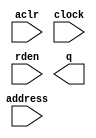
// megafunction wizard: %ROM: 1-PORT%VBB%
// GENERATION: STANDARD
// VERSION: WM1.0
// MODULE: altsyncram 

// ============================================================
// Megafunction Name(s):
// 			altsyncram
//
// Simulation Library Files(s):
// 			altera_mf
// ============================================================
// ************************************************************
// THIS IS A WIZARD-GENERATED FILE. DO NOT EDIT THIS FILE!
//
// 18.1.0 Build 625 09/12/2018 SJ Lite Edition
// ************************************************************

//Copyright (C) 2018  Intel Corporation. All rights reserved.
//Your use of Intel Corporation's design tools, logic functions 
//and other software and tools, and its AMPP partner logic 
//functions, and any output files from any of the foregoing 
//(including device programming or simulation files), and any 
//associated documentation or information are expressly subject 
//to the terms and conditions of the Intel Program License 
//Subscription Agreement, the Intel Quartus Prime License Agreement,
//the Intel FPGA IP License Agreement, or other applicable license
//agreement, including, without limitation, that your use is for
//the sole purpose of programming logic devices manufactured by
//Intel and sold by Intel or its authorized distributors.  Please
//refer to the applicable agreement for further details.

module red16 (
	aclr,
	address,
	clock,
	rden,
	q);

	input	  aclr;
	input	[8:0]  address;
	input	  clock;
	input	  rden;
	output	[7:0]  q;
`ifndef ALTERA_RESERVED_QIS
// synopsys translate_off
`endif
	tri0	  aclr;
	tri1	  clock;
	tri1	  rden;
`ifndef ALTERA_RESERVED_QIS
// synopsys translate_on
`endif

endmodule

// ============================================================
// CNX file retrieval info
// ============================================================
// Retrieval info: PRIVATE: ADDRESSSTALL_A NUMERIC "0"
// Retrieval info: PRIVATE: AclrAddr NUMERIC "1"
// Retrieval info: PRIVATE: AclrByte NUMERIC "0"
// Retrieval info: PRIVATE: AclrOutput NUMERIC "1"
// Retrieval info: PRIVATE: BYTE_ENABLE NUMERIC "0"
// Retrieval info: PRIVATE: BYTE_SIZE NUMERIC "8"
// Retrieval info: PRIVATE: BlankMemory NUMERIC "0"
// Retrieval info: PRIVATE: CLOCK_ENABLE_INPUT_A NUMERIC "0"
// Retrieval info: PRIVATE: CLOCK_ENABLE_OUTPUT_A NUMERIC "0"
// Retrieval info: PRIVATE: Clken NUMERIC "0"
// Retrieval info: PRIVATE: IMPLEMENT_IN_LES NUMERIC "0"
// Retrieval info: PRIVATE: INIT_FILE_LAYOUT STRING "PORT_A"
// Retrieval info: PRIVATE: INIT_TO_SIM_X NUMERIC "0"
// Retrieval info: PRIVATE: INTENDED_DEVICE_FAMILY STRING "Cyclone V"
// Retrieval info: PRIVATE: JTAG_ENABLED NUMERIC "0"
// Retrieval info: PRIVATE: JTAG_ID STRING "NONE"
// Retrieval info: PRIVATE: MAXIMUM_DEPTH NUMERIC "0"
// Retrieval info: PRIVATE: MIFfilename STRING "red14Intel.hex"
// Retrieval info: PRIVATE: NUMWORDS_A NUMERIC "512"
// Retrieval info: PRIVATE: RAM_BLOCK_TYPE NUMERIC "0"
// Retrieval info: PRIVATE: RegAddr NUMERIC "1"
// Retrieval info: PRIVATE: RegOutput NUMERIC "1"
// Retrieval info: PRIVATE: SYNTH_WRAPPER_GEN_POSTFIX STRING "0"
// Retrieval info: PRIVATE: SingleClock NUMERIC "1"
// Retrieval info: PRIVATE: UseDQRAM NUMERIC "0"
// Retrieval info: PRIVATE: WidthAddr NUMERIC "9"
// Retrieval info: PRIVATE: WidthData NUMERIC "8"
// Retrieval info: PRIVATE: rden NUMERIC "1"
// Retrieval info: LIBRARY: altera_mf altera_mf.altera_mf_components.all
// Retrieval info: CONSTANT: ADDRESS_ACLR_A STRING "CLEAR0"
// Retrieval info: CONSTANT: CLOCK_ENABLE_INPUT_A STRING "BYPASS"
// Retrieval info: CONSTANT: CLOCK_ENABLE_OUTPUT_A STRING "BYPASS"
// Retrieval info: CONSTANT: INIT_FILE STRING "red14Intel.hex"
// Retrieval info: CONSTANT: INTENDED_DEVICE_FAMILY STRING "Cyclone V"
// Retrieval info: CONSTANT: LPM_TYPE STRING "altsyncram"
// Retrieval info: CONSTANT: NUMWORDS_A NUMERIC "512"
// Retrieval info: CONSTANT: OPERATION_MODE STRING "ROM"
// Retrieval info: CONSTANT: OUTDATA_ACLR_A STRING "CLEAR0"
// Retrieval info: CONSTANT: OUTDATA_REG_A STRING "CLOCK0"
// Retrieval info: CONSTANT: WIDTHAD_A NUMERIC "9"
// Retrieval info: CONSTANT: WIDTH_A NUMERIC "8"
// Retrieval info: CONSTANT: WIDTH_BYTEENA_A NUMERIC "1"
// Retrieval info: USED_PORT: aclr 0 0 0 0 INPUT GND "aclr"
// Retrieval info: USED_PORT: address 0 0 9 0 INPUT NODEFVAL "address[8..0]"
// Retrieval info: USED_PORT: clock 0 0 0 0 INPUT VCC "clock"
// Retrieval info: USED_PORT: q 0 0 8 0 OUTPUT NODEFVAL "q[7..0]"
// Retrieval info: USED_PORT: rden 0 0 0 0 INPUT VCC "rden"
// Retrieval info: CONNECT: @aclr0 0 0 0 0 aclr 0 0 0 0
// Retrieval info: CONNECT: @address_a 0 0 9 0 address 0 0 9 0
// Retrieval info: CONNECT: @clock0 0 0 0 0 clock 0 0 0 0
// Retrieval info: CONNECT: @rden_a 0 0 0 0 rden 0 0 0 0
// Retrieval info: CONNECT: q 0 0 8 0 @q_a 0 0 8 0
// Retrieval info: GEN_FILE: TYPE_NORMAL red16.v TRUE
// Retrieval info: GEN_FILE: TYPE_NORMAL red16.inc FALSE
// Retrieval info: GEN_FILE: TYPE_NORMAL red16.cmp FALSE
// Retrieval info: GEN_FILE: TYPE_NORMAL red16.bsf FALSE
// Retrieval info: GEN_FILE: TYPE_NORMAL red16_inst.v FALSE
// Retrieval info: GEN_FILE: TYPE_NORMAL red16_bb.v TRUE
// Retrieval info: LIB_FILE: altera_mf